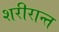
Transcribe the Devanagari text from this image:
शरीरान्त